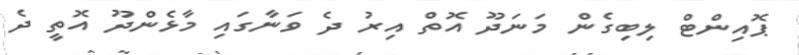
ޕޮއިންޓް ލިބިގެން މަނަދޫ އޮތް އިރު ދެ ވަނާގައި މާޅެންދޫ އޮތީ ދެ